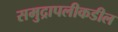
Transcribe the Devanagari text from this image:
समुद्रापलीकडील